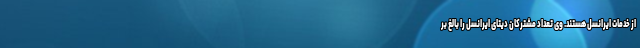
از خدمات ایرانسل هستند. وی تعداد مشترکان دیتای ایرانسل را بالغ بر